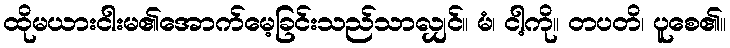
ထိုမယားငါးမ၏အောက်မေ့ခြင်းသည်သာလျှင်။ မံ၊ ငါ့ကို။ တပတိ၊ ပူစေ၏။